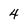
Character: 4